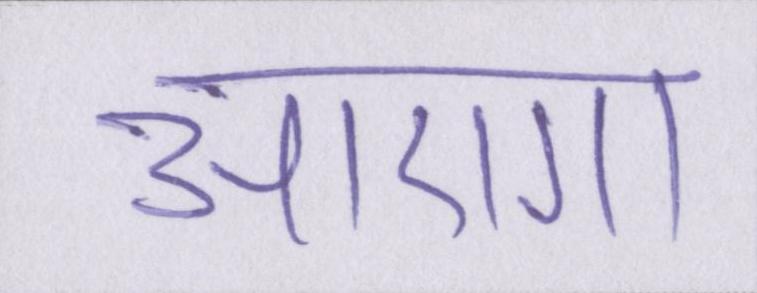
आएगा